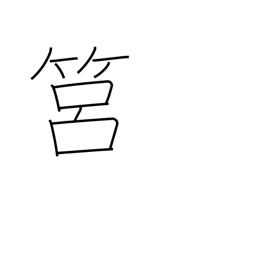
Meaning: round basket